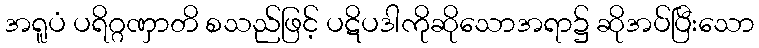
အရူပံ ပရိဂ္ဂဏှာတိ စသည်ဖြင့် ပဋိပဒါကိုဆိုသောအရာ၌ ဆိုအပ်ပြီးသော